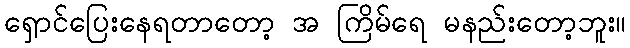
ရှောင်ပြေးနေရတာတော့ အ ကြိမ်ရေ မနည်းတော့ဘူး။